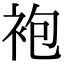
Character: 袍